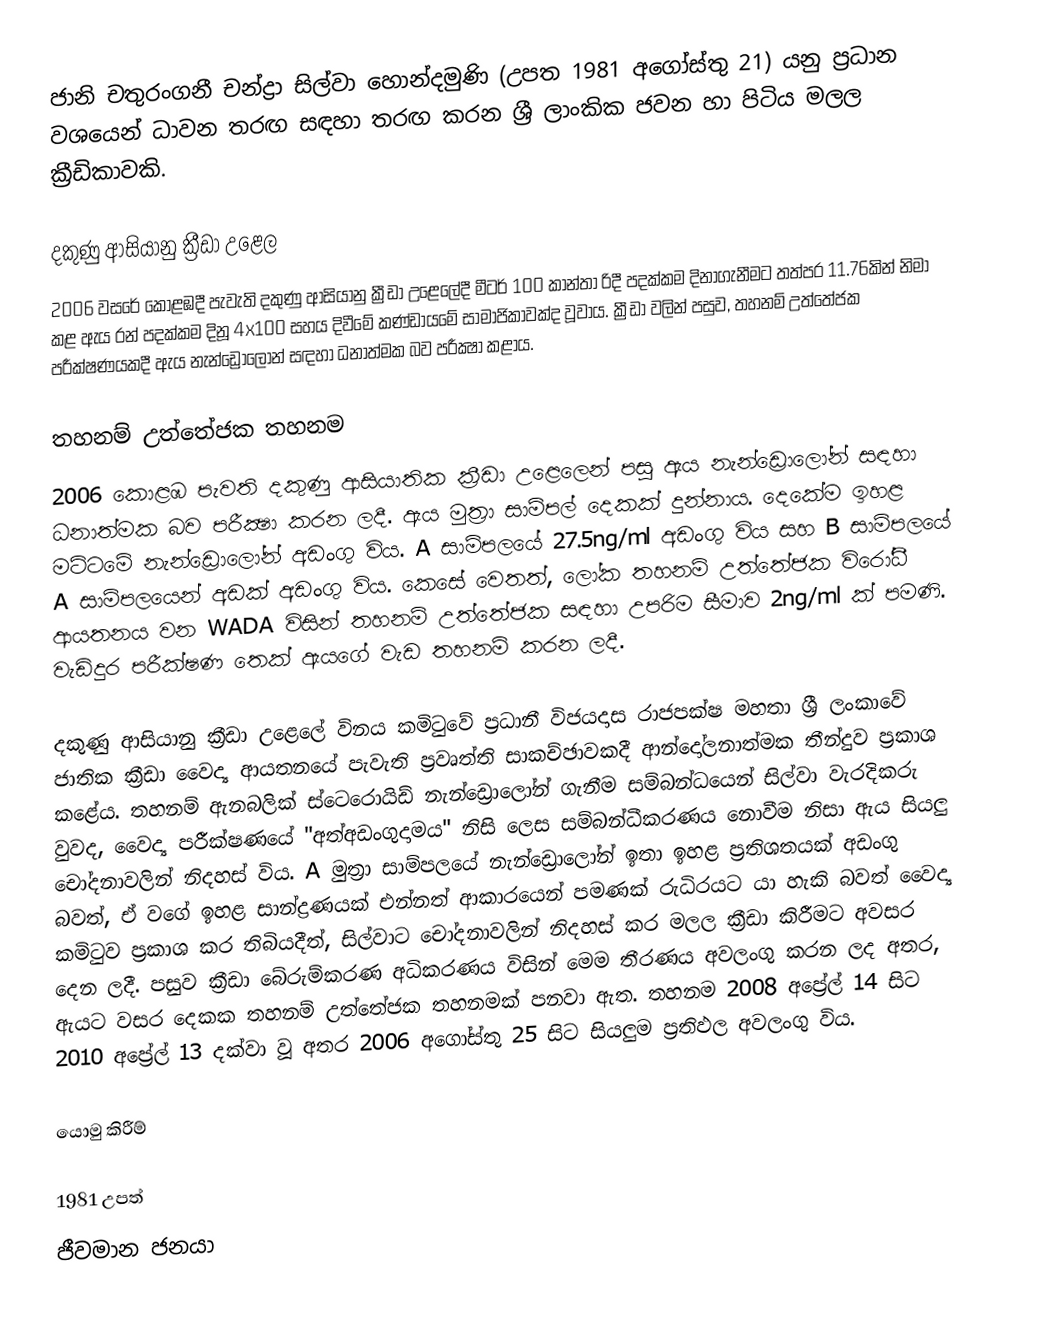
ජානි චතුරංගනී චන්ද්‍රා සිල්වා හොන්දමුණි (උපත 1981 අගෝස්තු 21) යනු ප්‍රධාන වශයෙන් ධාවන තරඟ සඳහා තරඟ කරන ශ්‍රී ලාංකික ජවන හා පිටිය මලල ක්‍රීඩිකාවකි.

දකුණු ආසියානු ක්‍රීඩා උළෙල
2006 වසරේ කොළඹදී පැවැති දකුණු ආසියානු ක්‍රීඩා උළෙලේදී මීටර් 100 කාන්තා රිදී පදක්කම දිනාගැනීමට තත්පර 11.76කින් නිමා කළ ඇය රන් පදක්කම දිනූ 4x100 සහය දිවීමේ කණ්ඩායමේ සාමාජිකාවක්ද වූවාය. ක්‍රීඩා වලින් පසුව, තහනම් උත්තේජක පරීක්ෂණයකදී ඇය නැන්ඩ්‍රොලෝන් සඳහා ධනාත්මක බව පරීක්‍ෂා කළාය.

තහනම් උත්තේජක තහනම
2006 කොළඹ පැවති දකුණු ආසියාතික ක්‍රීඩා උළෙලෙන් පසු ඇය නැන්ඩ්‍රොලෝන් සඳහා ධනාත්මක බව පරීක්‍ෂා කරන ලදී. ඇය මුත්‍රා සාම්පල් දෙකක් දුන්නාය. දෙකේම ඉහළ මට්ටමේ නැන්ඩ්‍රොලෝන් අඩංගු විය. A සාම්පලයේ 27.5ng/ml අඩංගු විය සහ B සාම්පලයේ A සාම්පලයෙන් අඩක් අඩංගු විය. කෙසේ වෙතත්, ලෝක තහනම් උත්තේජක විරෝධී ආයතනය වන WADA විසින් තහනම් උත්තේජක සඳහා උපරිම සීමාව 2ng/ml ක් පමණි. වැඩිදුර පරීක්ෂණ තෙක් ඇයගේ වැඩ තහනම් කරන ලදී.

දකුණු ආසියානු ක්‍රීඩා උළෙලේ විනය කමිටුවේ ප්‍රධානී විජයදාස රාජපක්ෂ මහතා ශ්‍රී ලංකාවේ ජාතික ක්‍රීඩා වෛද්‍ය ආයතනයේ පැවැති ප්‍රවෘත්ති සාකච්ඡාවකදී ආන්දෝලනාත්මක තීන්දුව ප්‍රකාශ කළේය. තහනම් ඇනබලික් ස්ටෙරොයිඩ් නැන්ඩ්‍රොලෝන් ගැනීම සම්බන්ධයෙන් සිල්වා වැරදිකරු වුවද, වෛද්‍ය පරීක්ෂණයේ "අත්අඩංගුදාමය" නිසි ලෙස සම්බන්ධීකරණය නොවීම නිසා ඇය සියලු චෝදනාවලින් නිදහස් විය. A මුත්‍රා සාම්පලයේ නැන්ඩ්‍රොලෝන් ඉතා ඉහළ ප්‍රතිශතයක් අඩංගු බවත්, ඒ වගේ ඉහළ සාන්ද්‍රණයක් එන්නත් ආකාරයෙන් පමණක් රුධිරයට යා හැකි බවත් වෛද්‍ය කමිටුව ප්‍රකාශ කර තිබියදීත්, සිල්වාට චෝදනාවලින් නිදහස් කර මලල ක්‍රීඩා කිරීමට අවසර දෙන ලදී. පසුව ක්‍රීඩා බේරුම්කරණ අධිකරණය විසින් මෙම තීරණය අවලංගු කරන ලද අතර, ඇයට වසර දෙකක තහනම් උත්තේජක තහනමක් පනවා ඇත. තහනම 2008 අප්‍රේල් 14 සිට 2010 අප්‍රේල් 13 දක්වා වූ අතර 2006 අගෝස්තු 25 සිට සියලුම ප්‍රතිඵල අවලංගු විය.

යොමු කිරීම්

1981 උපත්
ජීවමාන ජනයා